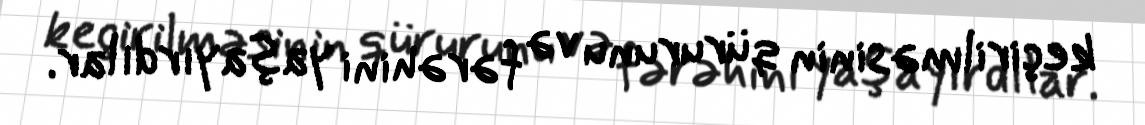
keçirilməsinin qürurunu və fərəhini yaşayırdılar.